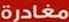
مغادرة